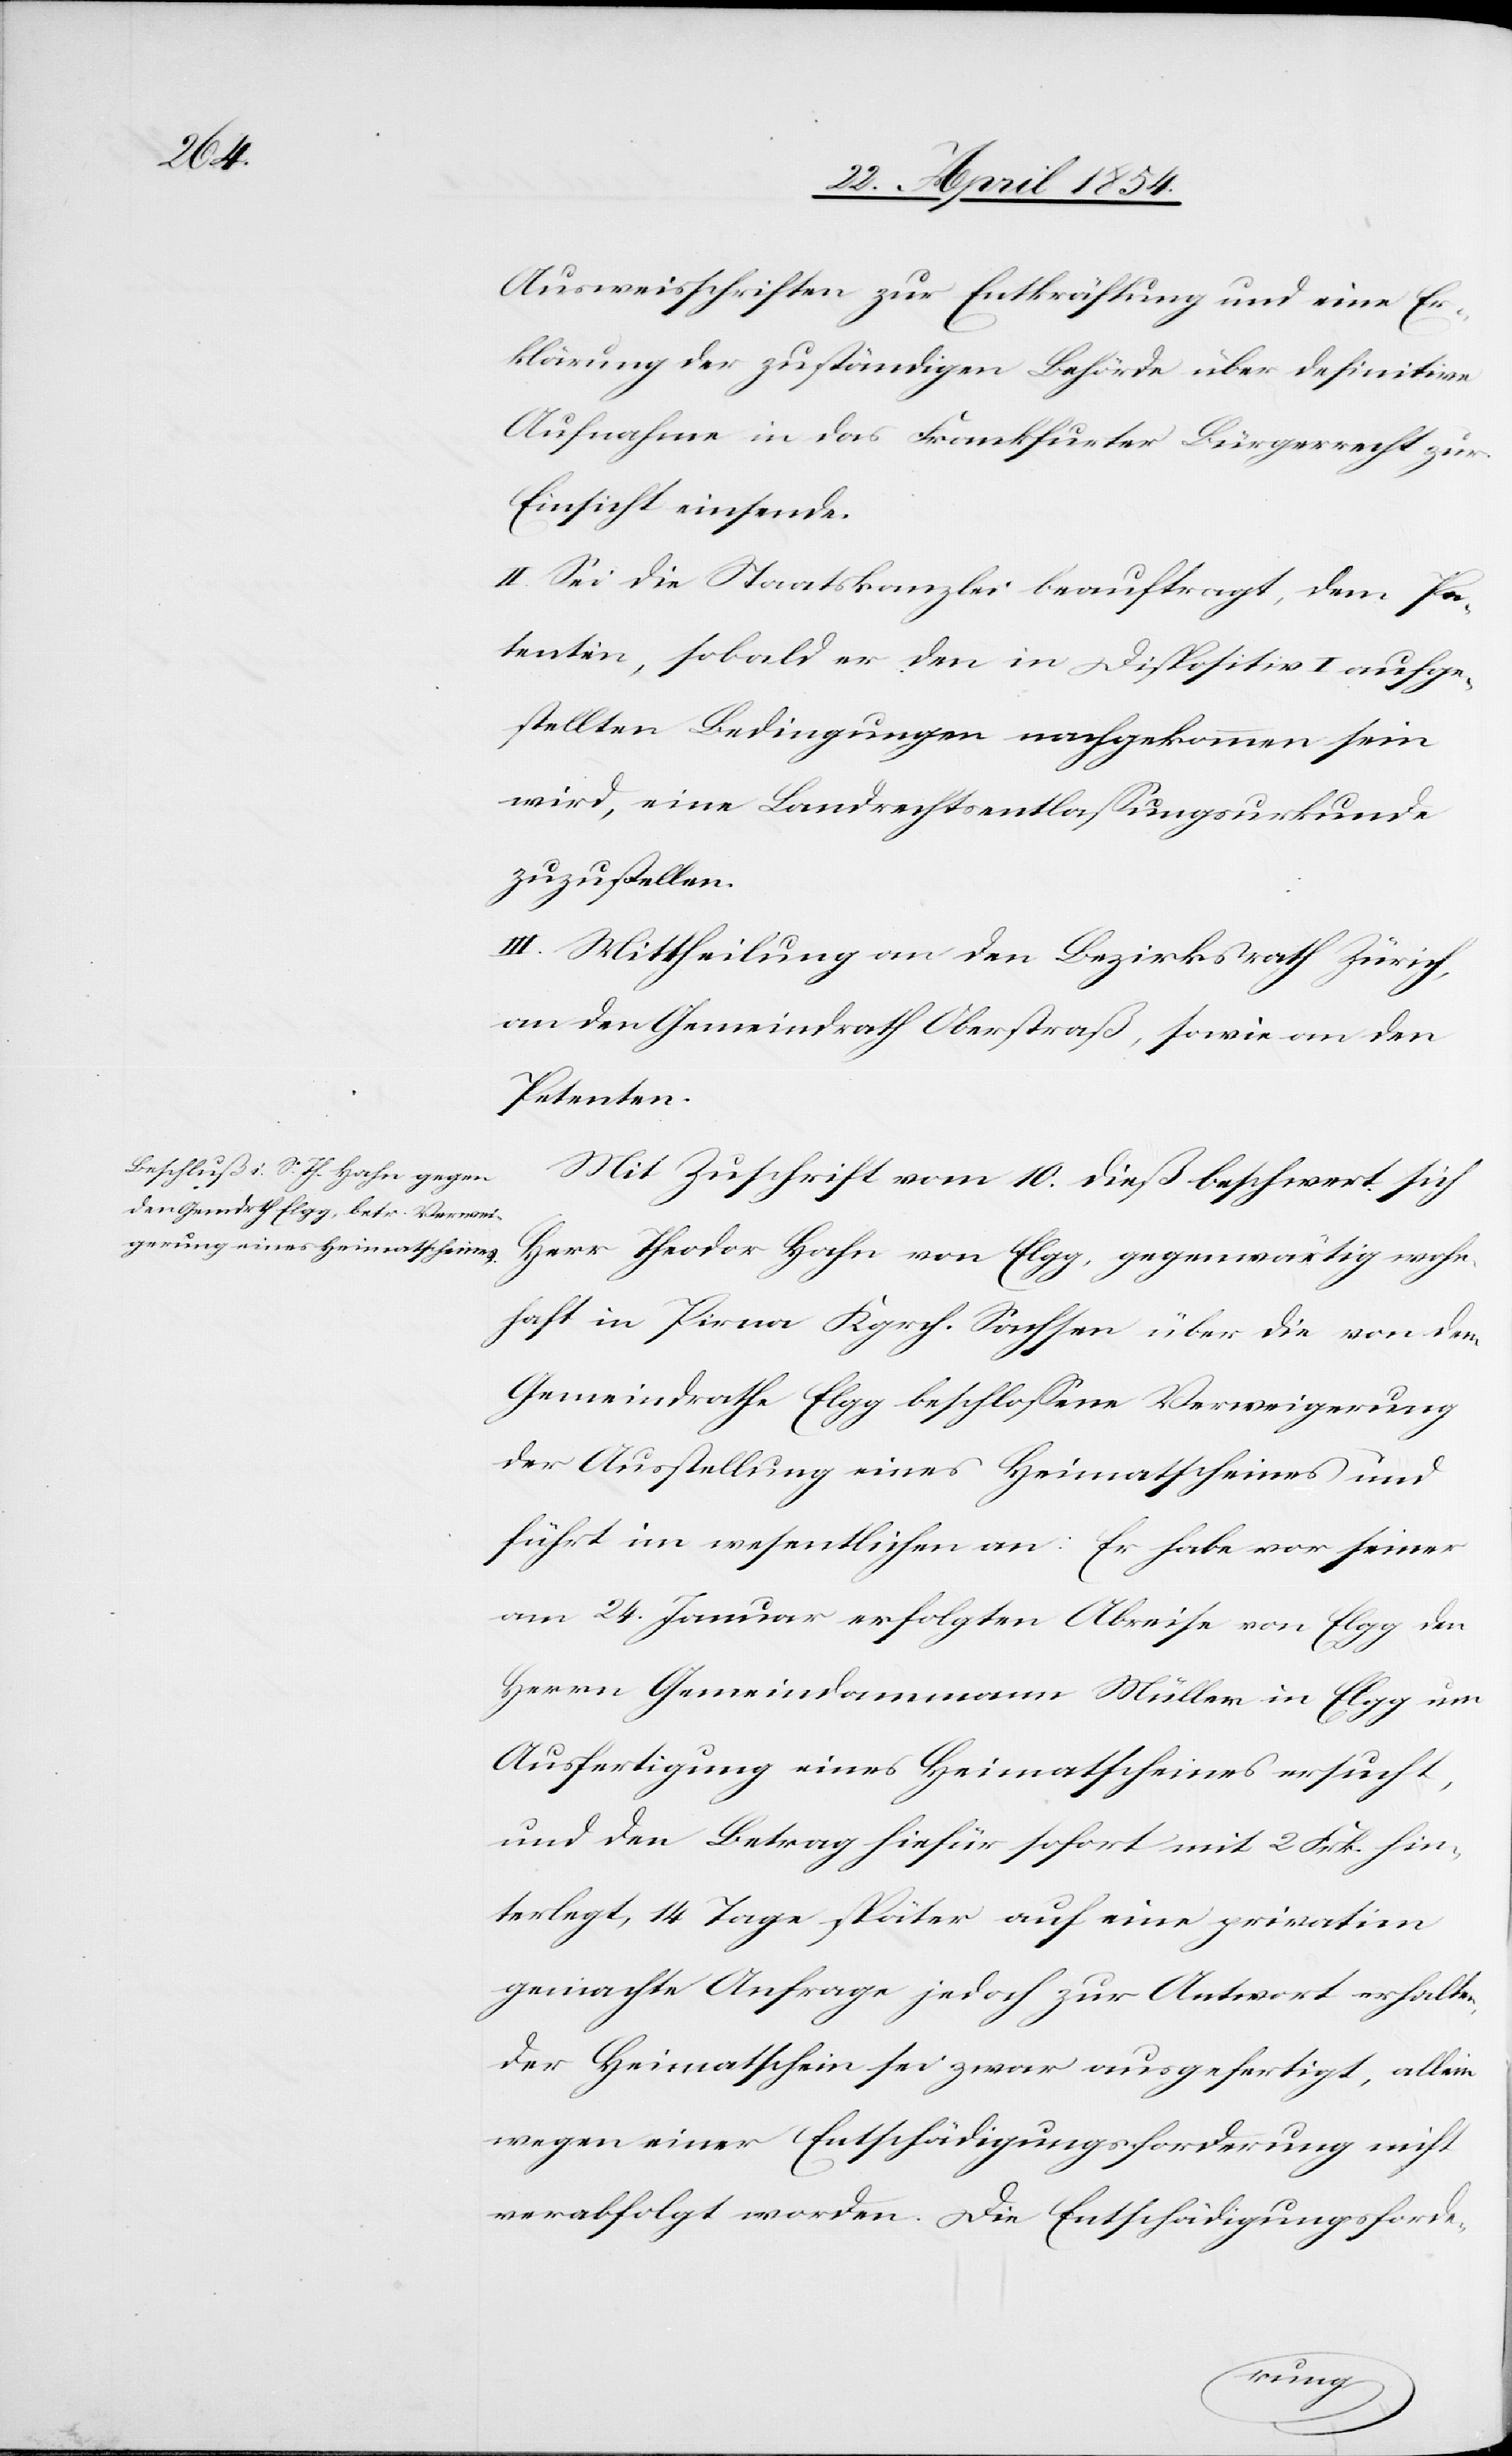
Ausweisschriften zur Entkräftung und eine Er¬
klärung der zuständigen Behörde über definitive
Aufnahme in das Frankfurter Bürgerrecht zur
Einsicht einsende.
II. Sei die Staatskanzlei beauftragt, dem Pe¬
tenten, sobald er den in Dispositiv I aufge¬
stellten Bedingungen nachgekommen sein
wird, eine Landrechtsentlaßungsurkunde
zuzustellen.
III. Mittheilung an den Bezirksrath Zürich,
an den Gemeindrath Oberstraß, sowie an den
Peteten.
Mit Zuschrift vom 10. dieß beschwert sich
Herr Theodor Hahn von Elgg, gegenwärtig wohn¬
haft in Pirna Kgrch. Sachsen über die von dem
Gemeindrathe Elgg beschloßene Verweigerung
der Ausstellung eines Heimatscheines und
führt im wesentlichen an: Er habe vor seiner
am 24. Januar erfolgten Abreise von Elgg den
Herrn Gemeindammann Müller in Elgg um
Ausfertigung eines Heimatscheines ersucht,
und den Betrag hiefür sofort mit 2 Frk. hin¬
terlegt, 14 Tage später auf eine privatim
gemachte Anfrage jedoch zu Antwort erhalten,
der Heimatschein sei zwar ausgefertigt, allein
wegen einer Entschädigungsforderung nicht
verabfolgt worden. Die Entschädigungsforde-